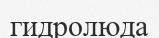
гидролюда